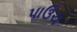
પાઉચ